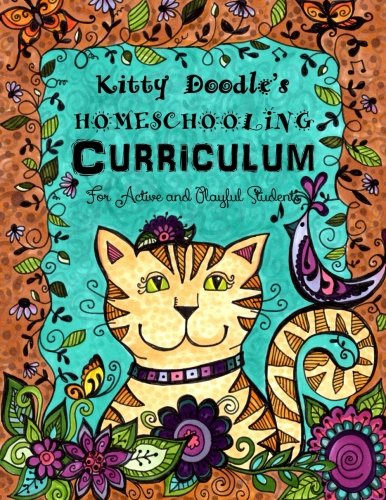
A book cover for Kitty Doodle's Homeschooling Curriculum: For Artistic and Playful Students (Homeschool, Doodle and Learn) (Volume 1); Sarah Janisse Brown; Education & Teaching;